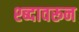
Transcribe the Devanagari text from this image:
श्ब्दावरून